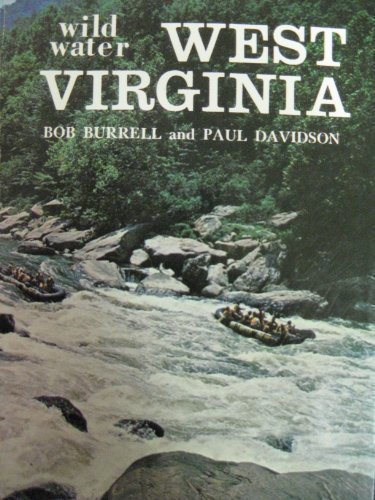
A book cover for Wild water West Virginia: A paddler's guide to the white water rivers of the Mountain State; Robert Burrell; Travel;